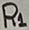
Text: R1